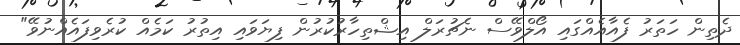
ދެތިން ހަތަރު ފެއާއެއްގައި އޯލްވޭސް ނެޗުރަލް އިޝްތިހާރުކުރުން ފިޔަވައި އިތުރު ކަމެއް ކުރެވިފައެއްނުވޭ"